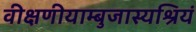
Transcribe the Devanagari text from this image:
वीक्षणीयाम्बुजास्यश्रियं